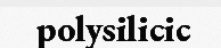
polysilicic